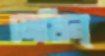
লেখিন্